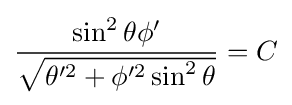
{\frac {\sin ^{2}\theta \phi '}{\sqrt {\theta '^{2}+\phi '^{2}\sin ^{2}\theta }}}=C